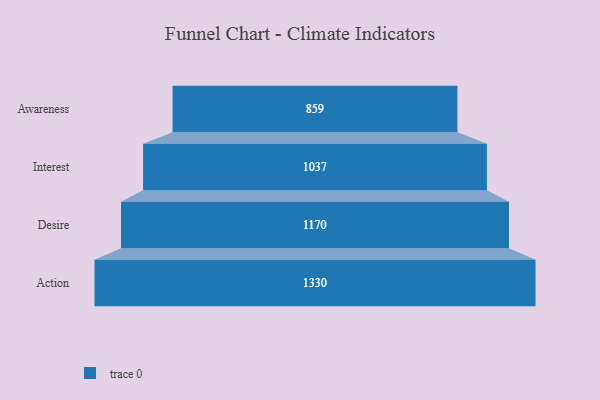
{"axis": {"x": "Stage", "y": "Value"}, "legend": [""], "data": [{"x": "Awareness", "y": 859.0, "type": ""}, {"x": "Interest", "y": 1037.0, "type": ""}, {"x": "Desire", "y": 1170.0, "type": ""}, {"x": "Action", "y": 1330.0, "type": ""}]}